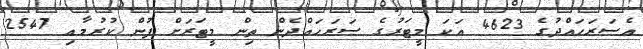
އެސަރަހައްދުގެ 4623 އަކަ މީޓަރުގެ ސަރަހައްދެން ތިން މީޓަރަށް ފުން ކުރުމާއި 2547